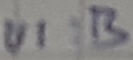
Text: UI:B